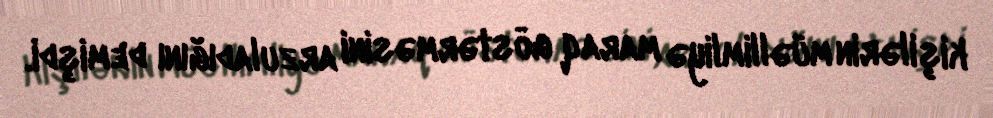
kişilərin müəllimliyə maraq göstərməsini arzuladığını demişdi.